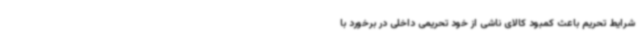
شرایط تحریم باعث کمبود کالای ناشی از خود تحریمی داخلی در برخورد با